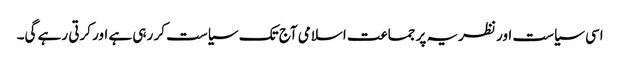
اسی سیاست اور نظریہ پر جماعت اسلامی آج تک سیاست کر رہی ہے اور کرتی رہے گی۔